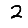
Digit: 2